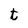
Character: t